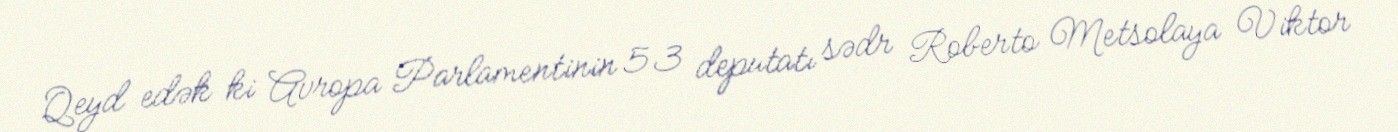
Qeyd edək ki Avropa Parlamentinin 53 deputatı sədr Roberto Metsolaya Viktor